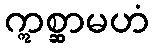
ဣစ္ဆာမဟံ